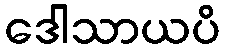
ဒေါသာယပိ